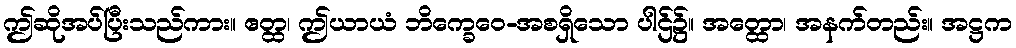
ဤဆိုအပ်ပြီးသည်ကား။ ဧတ္ထ၊ ဤယာယံ ဘိက္ခေဝေ-အစရှိသော ပါဌ်၌။ အတ္ထော၊ အနက်တည်း။ အဋ္ဌက